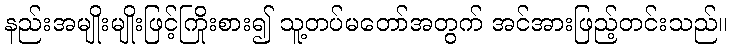
နည်းအမျိုးမျိုးဖြင့်ကြိုးစား၍ သူ့တပ်မတော်အတွက် အင်အားဖြည့်တင်းသည်။